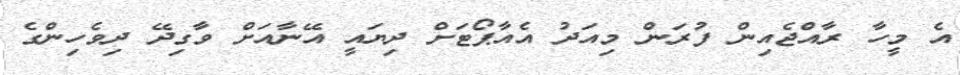
އެ މީހާ ރާއްޖެއިން ފުރަން މިއަދު އެއާޕޯޓަށް ދިޔައީ އޭނާއަށް ވާގިދޭ ދިވެހިންގެ